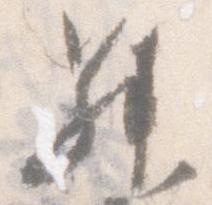
昇